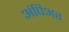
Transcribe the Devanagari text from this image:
अंपिअर